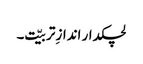
لچکدار اندازِ تربیّت۔